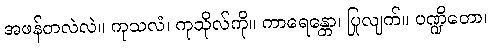
အဖန်တလဲလဲ။ ကုသလံ၊ ကုသိုလ်ကို။ ကာရေန္တော၊ ပြုလျက်။ ပဏ္ဍိတော၊